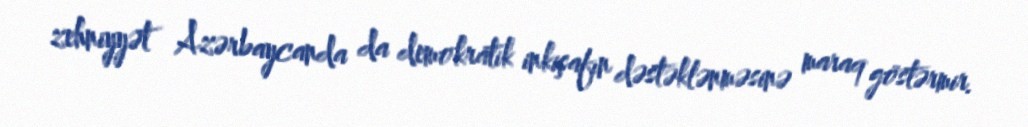
zehniyyət Azərbaycanda da demokratik inkişafın dəstəklənməsinə maraq göstərmir.